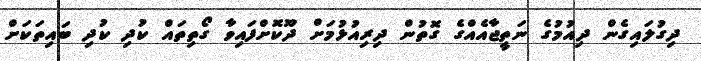
ދިގުލައިގެން ދިއުމުގެ ނަތީޖާއެއްގެ ގޮތުން ދިރިއުޅުމަށް ދޫކޮށްފައިވާ ގޯތިތައް ކުދި ކުދި ބައިތަކަށް